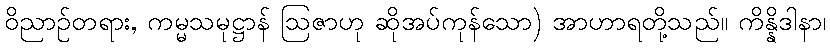
ဝိညာဉ်တရား, ကမ္မသမုဋ္ဌာန် ဩဇာဟု ဆိုအပ်ကုန်သော) အာဟာရတို့သည်။ ကိန္နိဒါနာ၊